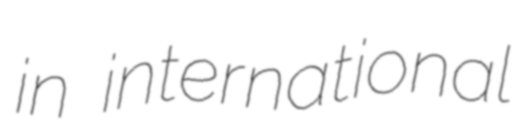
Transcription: in international